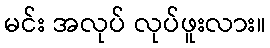
မင်း အလုပ် လုပ်ဖူးလား။